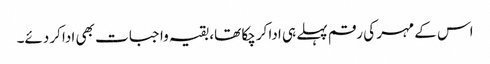
اس کے مہر کی رقم پہلے ہی ادا کرچکا تھا، بقیہ واجبات بھی ادا کردئے۔